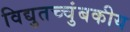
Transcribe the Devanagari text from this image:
विद्युतच्चुंबकीय